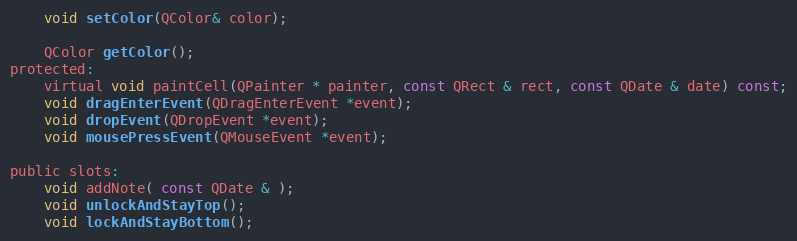
Language: C
    void setColor(QColor& color);

    QColor getColor();
protected:
    virtual void paintCell(QPainter * painter, const QRect & rect, const QDate & date) const;
    void dragEnterEvent(QDragEnterEvent *event);
    void dropEvent(QDropEvent *event);
    void mousePressEvent(QMouseEvent *event);

public slots:
    void addNote( const QDate & );
    void unlockAndStayTop();
    void lockAndStayBottom();